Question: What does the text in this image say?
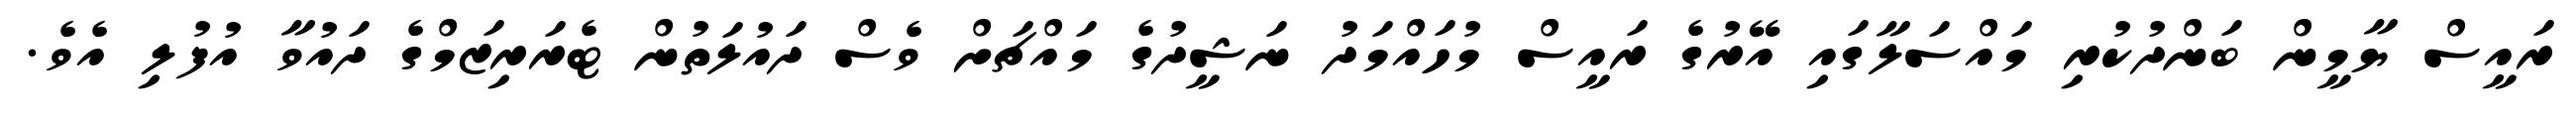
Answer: ރައީސް ޔާމީން ބަންދުކުރި މައްސަލާގައި އޭރުގެ ރައީސް މުހައްމަދު ނަޝީދުގެ މައްޗަށް ވެސް ދައުލަތުން ޓެރަރިޒަމްގެ ދައުވާ އުފުލި އެވެ.